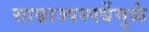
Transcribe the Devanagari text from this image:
साम्राज्यस्पर्धेमुळे